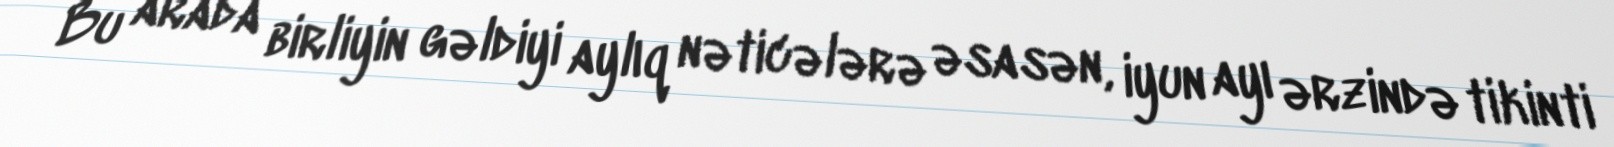
Bu arada birliyin gəldiyi aylıq nəticələrə əsasən, iyun ayı ərzində tikinti